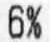
6%